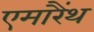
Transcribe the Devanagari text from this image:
एमारैंथ